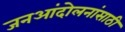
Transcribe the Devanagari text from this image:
जनआंदोलनांसाठी